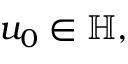
u _ { 0 } \in \mathbb { H } ,